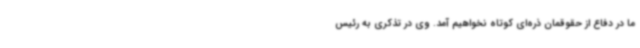
ما در دفاع از حقوقمان ذره‌ای کوتاه نخواهیم آمد. وی در تذکری به رئیس